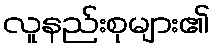
လူနည်းစုများ၏